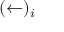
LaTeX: ( \leftarrow ) _ { i }